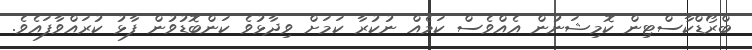
ބްރޯޑްކާސްޓިން ކޮމިޝަނުން އެއްވެސް ކަމެއް ނުކުރާ ކަމަށް ވިދާޅުވެ ކަންބޮޑުވުން ފާޅު ކުރައްވާފައެވެ.